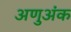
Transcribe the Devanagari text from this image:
अणुअंक